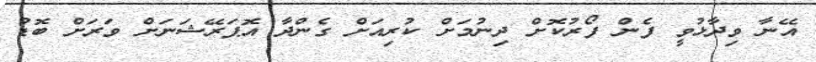
އޭނާ ވިދާޅުވީ ފެން ފޯރުކޮށް ދިނުމަށް ކުރިއަށް ގެންދާ އޮޕަރޭޝަނަށް ވަރަށް ބޮޑު